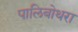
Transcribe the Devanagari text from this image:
पालिबोथरा